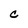
Character: C